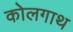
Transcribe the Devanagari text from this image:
कोलगाथ